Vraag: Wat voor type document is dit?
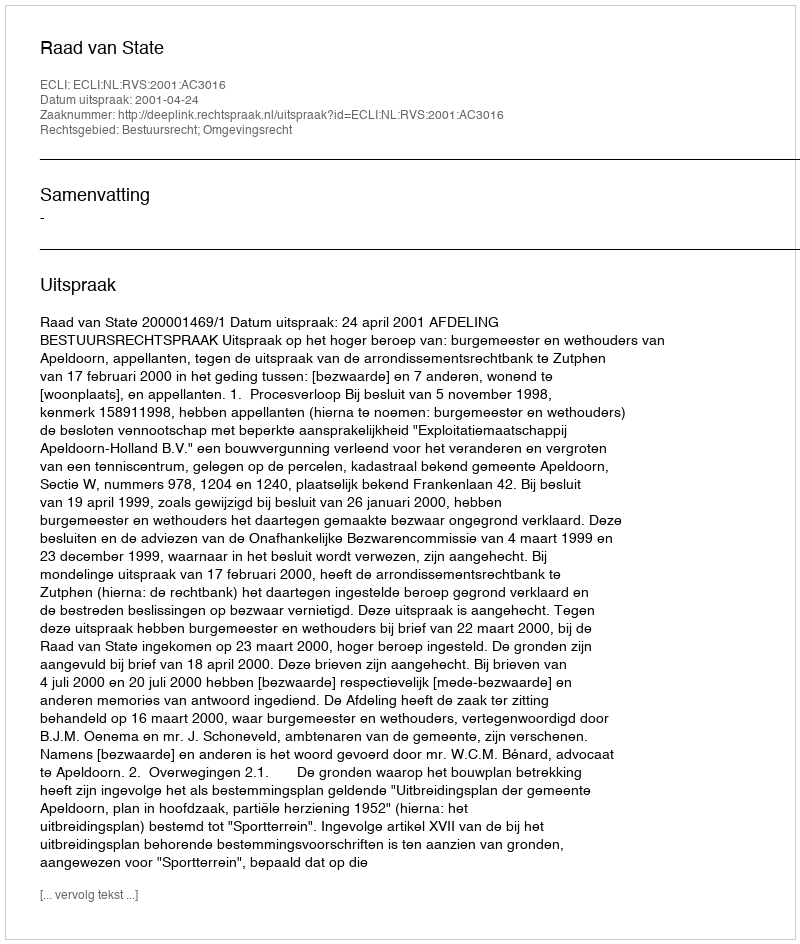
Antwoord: Uitspraak